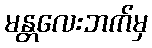
မန္တလေးဘက်မှ